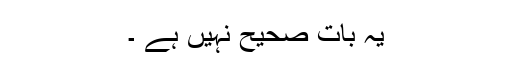
یہ بات صحیح نہیں ہے ۔